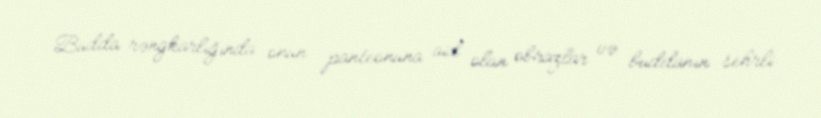
Budda rəngkarlığında onun panteonuna aid olan obrazlar və buddanın sehrli